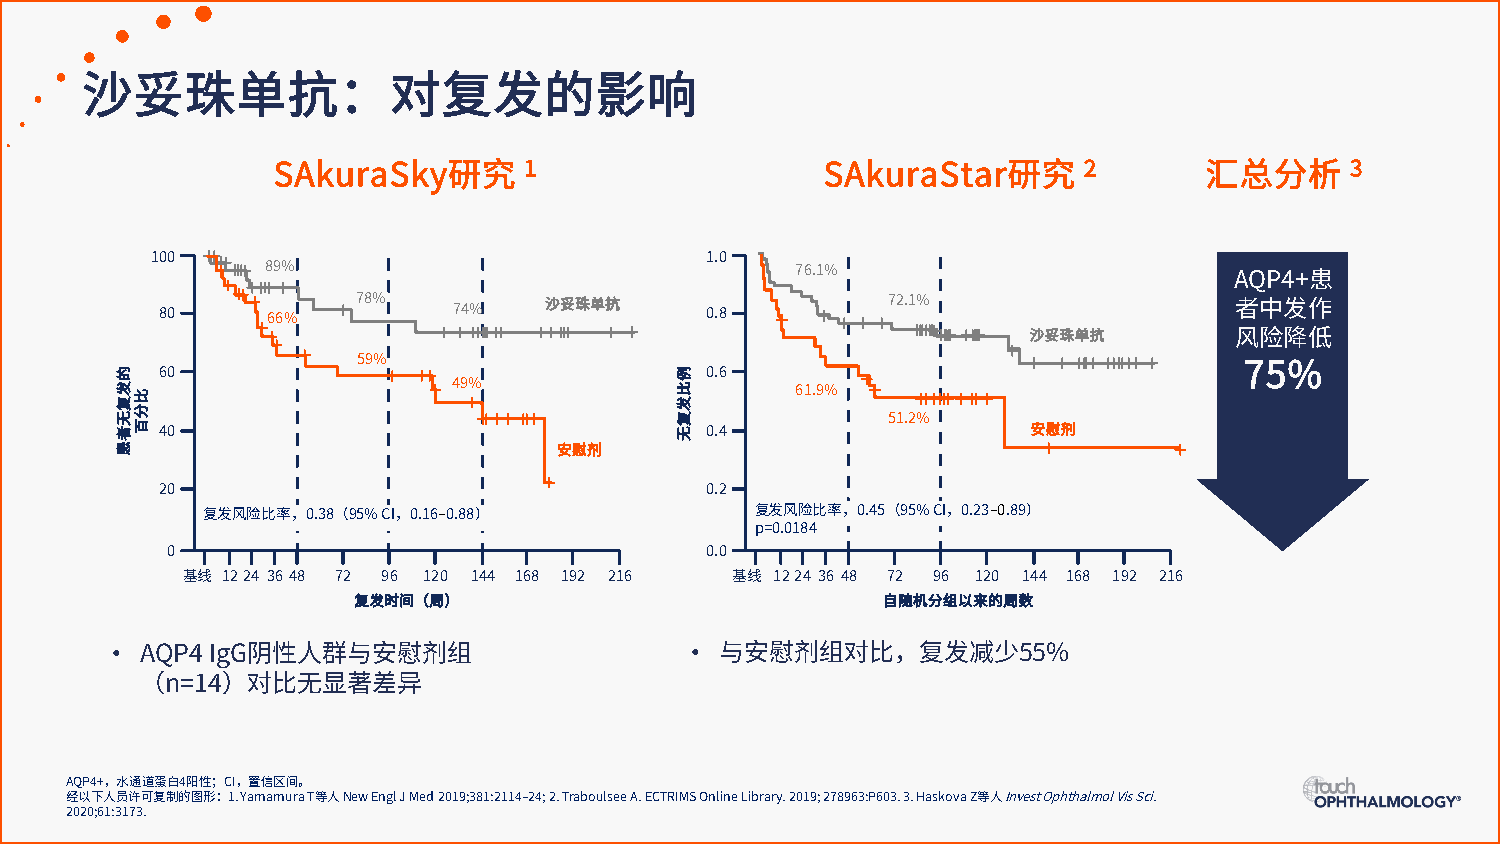
沙妥珠单抗：对复发的影响
 1                                    2                3
 SAkuraSky研究                          SAkuraStar研究             汇总分析
 100                                  1.0
 89%                                76.1%
 AQP4+患
 80     66%   78%   74%   沙妥珠单抗      0.8         72.1%                  者中发作
 沙妥珠单抗
 风险降低
 59%
 60                                  0.6
 49%                    61.9%                        75%
 51.2%
 40                                  0.4                  安慰剂
 安慰剂
 20                                  0.2
 复发风险比率，0.38（95% CI，0.16–0.88）        复发风险比率，0.45（95% CI，0.23–0.89）
 p=0.0184
 0                                   0.0
 基线 1224 36 48 72 96 120 144 168 192 216 基线 1224 36 48 72 96 120 144 168 192 216
 复发时间（周）                            自随机分组以来的周数
 •                                      •
 AQP4 IgG阴性人群与安慰剂组                      与安慰剂组对比，复发减少55%
 （n=14）对比无显著差异
 AQP4+，水通道蛋白4阳性；CI，置信区间。
 经以下人员许可复制的图形：1. Yamamura T等人New Engl J Med 2019;381:2114–24; 2. Traboulsee A. ECTRIMS Online Library. 2019; 278963:P603. 3. Haskova Z等人Invest Ophthalmol Vis Sci.
 2020;61:3173.
 的发复无者患
 比分百
 例比发复无